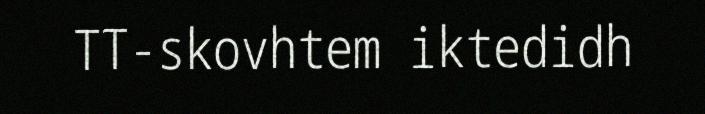
TT-skovhtem iktedidh